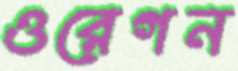
ওরেগন